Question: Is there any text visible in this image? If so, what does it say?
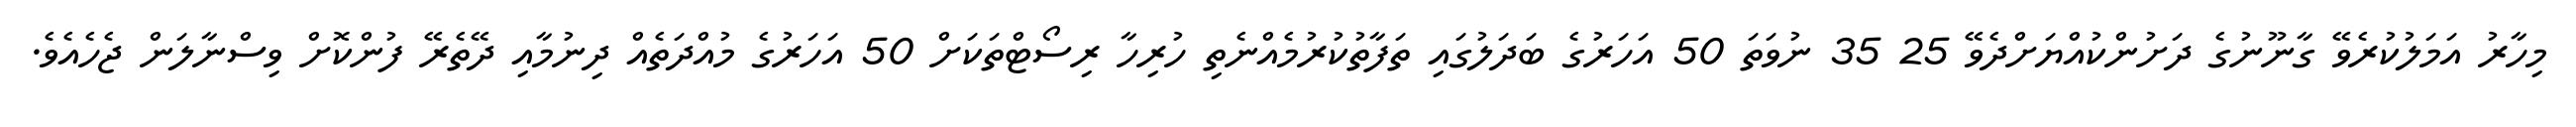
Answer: މިހާރު އަމަލުކުރެވޭ ގާނޫނުގެ ދަށުންކުއްޔަށްދެވޭ 25 35 ނުވަތަ 50 އަހަރުގެ ބަދަލުގައި ތަފާތުކުރުމެއްނެތި ހުރިހާ ރިސޯޓްތަކަށް 50 އަހަރުގެ މުއްދަތެއް ދިނުމާއި ދޭތެރޭ ފުންކޮށް ވިސްނާލަން ޖެހެއެވެ.